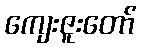
ကျေးဇူးတော်